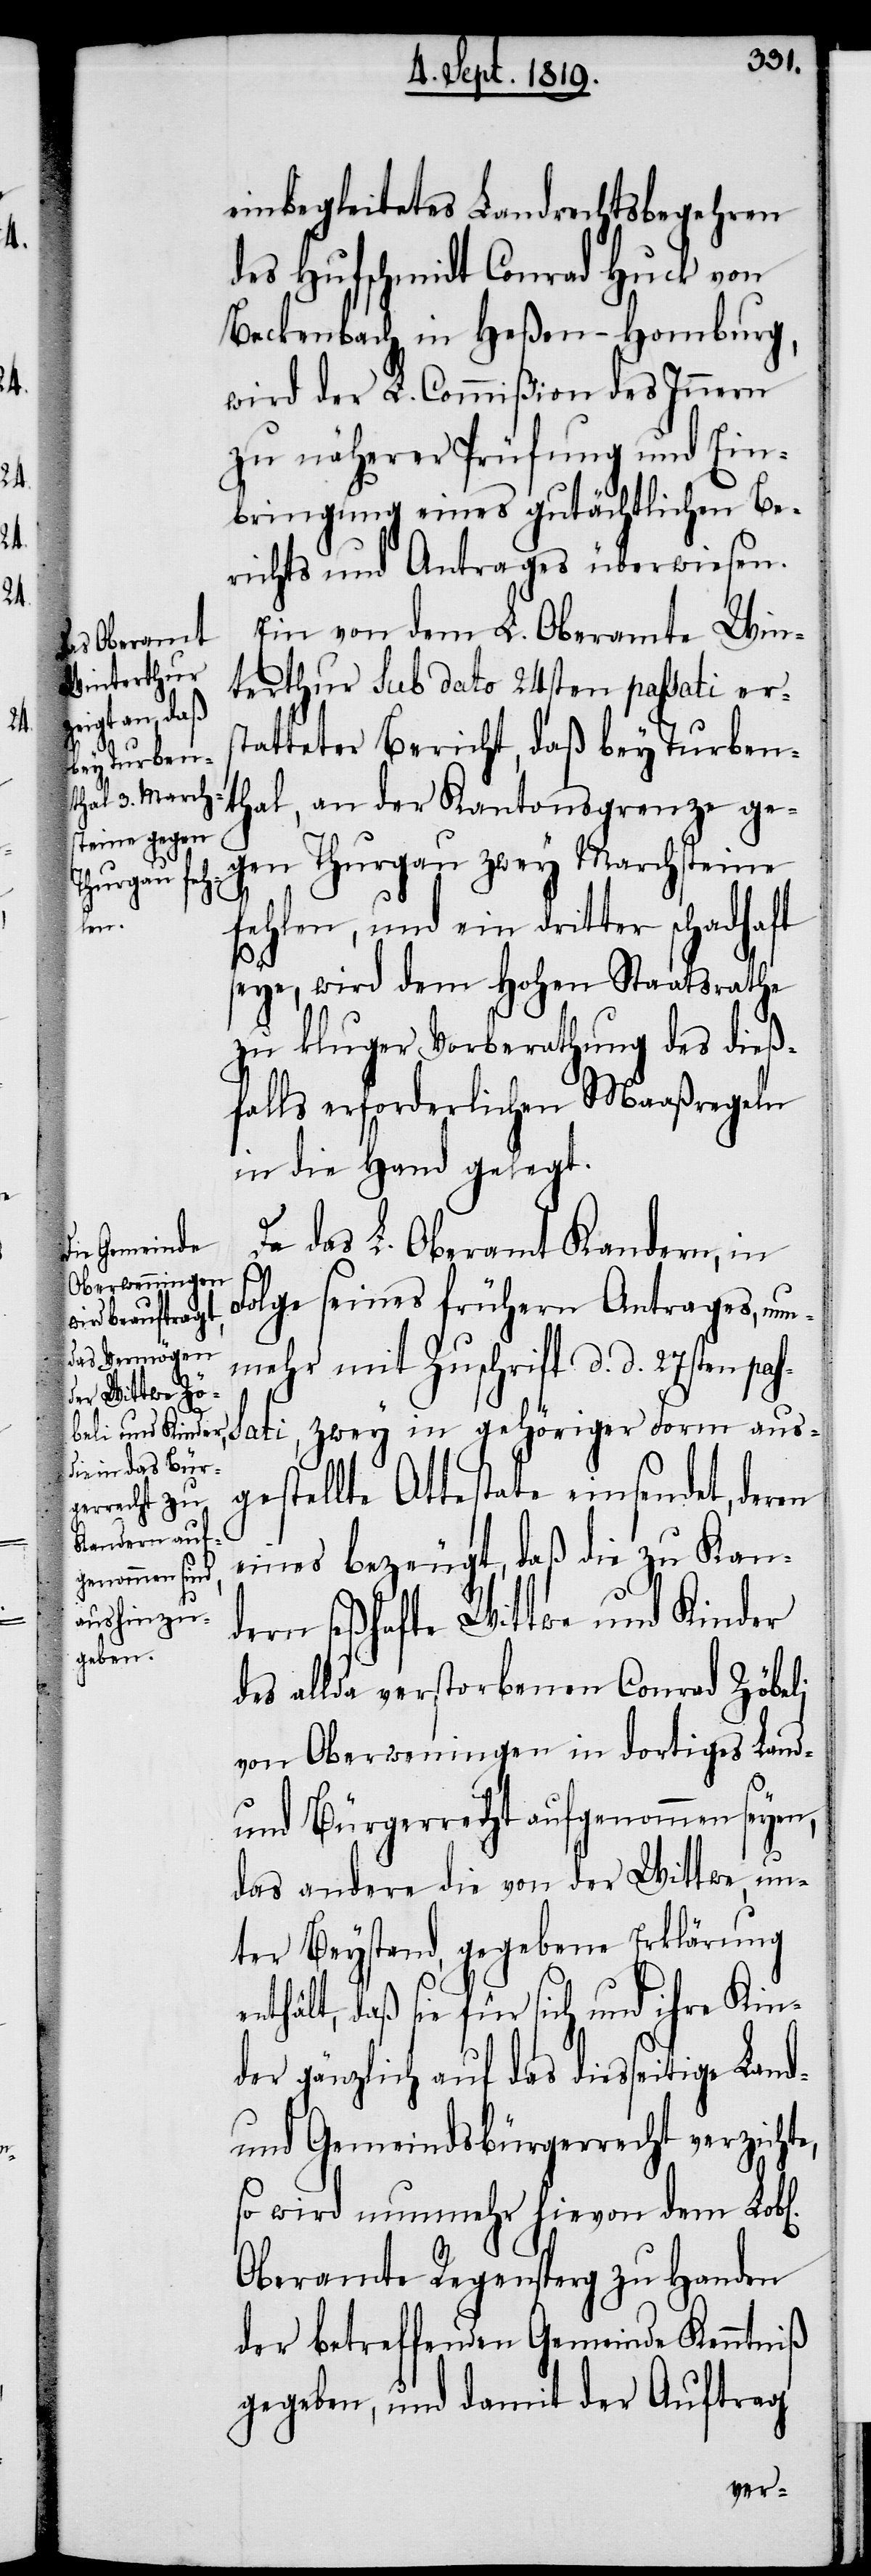
e¬

hen]
l[ic¬

einbegleitetes Landrechtsbegehren
des Hufschmidt Conrad Huck von
Beckenbach in Heßen-Hombrug,
wird der L. Commißion des Innern
zu näherer Prüfung und Ein¬
bringung eines gutächtlichen Be¬
richts und Antrages überwiesen
Ein von dem L. Oberamte Win¬
terthur sub dato 24sten passati ers¬
tatteter Bericht, daß bey Turben¬
thal, an der Kantonsgrenze ge¬
gen Thurgau zwey Marchsteine
fehlen, und ein dritter schadhaft
seye, wird dem Hohen Staatsrathe
zu kluger Vorberathung der dieß¬
falls erforderlichen Maaßregeln
in die Hand gelegt.
Da das L. Oberamt Kandern, in
Folge seines frühern Antrages, nun¬
mehr mit Zuschrift d. d. 27sten pas¬
sati, zwey in gehöriger Form aus¬
gestellte Attestate einsendet, deren
eines bezeugt, daß die zu Kan¬
dern seßhafte Wittwe und Kinder
des allda verstorbenen Conrad Zöbeli,
von Oberweningen in dortiges Land-
und Bürgerrecht aufgenommen seyen,
das andere die von der Wittwe, un¬
ter Beystand, gegebene Erklärung
nthält, daß sie für sich und ihre Kin¬
der gänzlich auf das diesseitige Land-
und Gemeindsbürgerrecht verzichte,
so wird nunmehr hievon dem Lob¬
Oberamte Regensperg zu Handen
der betreffenden Gemeinde Kenntniß
gegeben, und damit der Auftrag